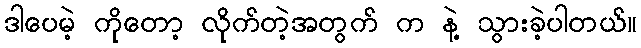
ဒါပေမဲ့ ကိုတော့ လိုက်တဲ့အတွက် က နဲ့ သွားခဲ့ပါတယ်။